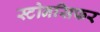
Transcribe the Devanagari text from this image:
स्टोनसिफर